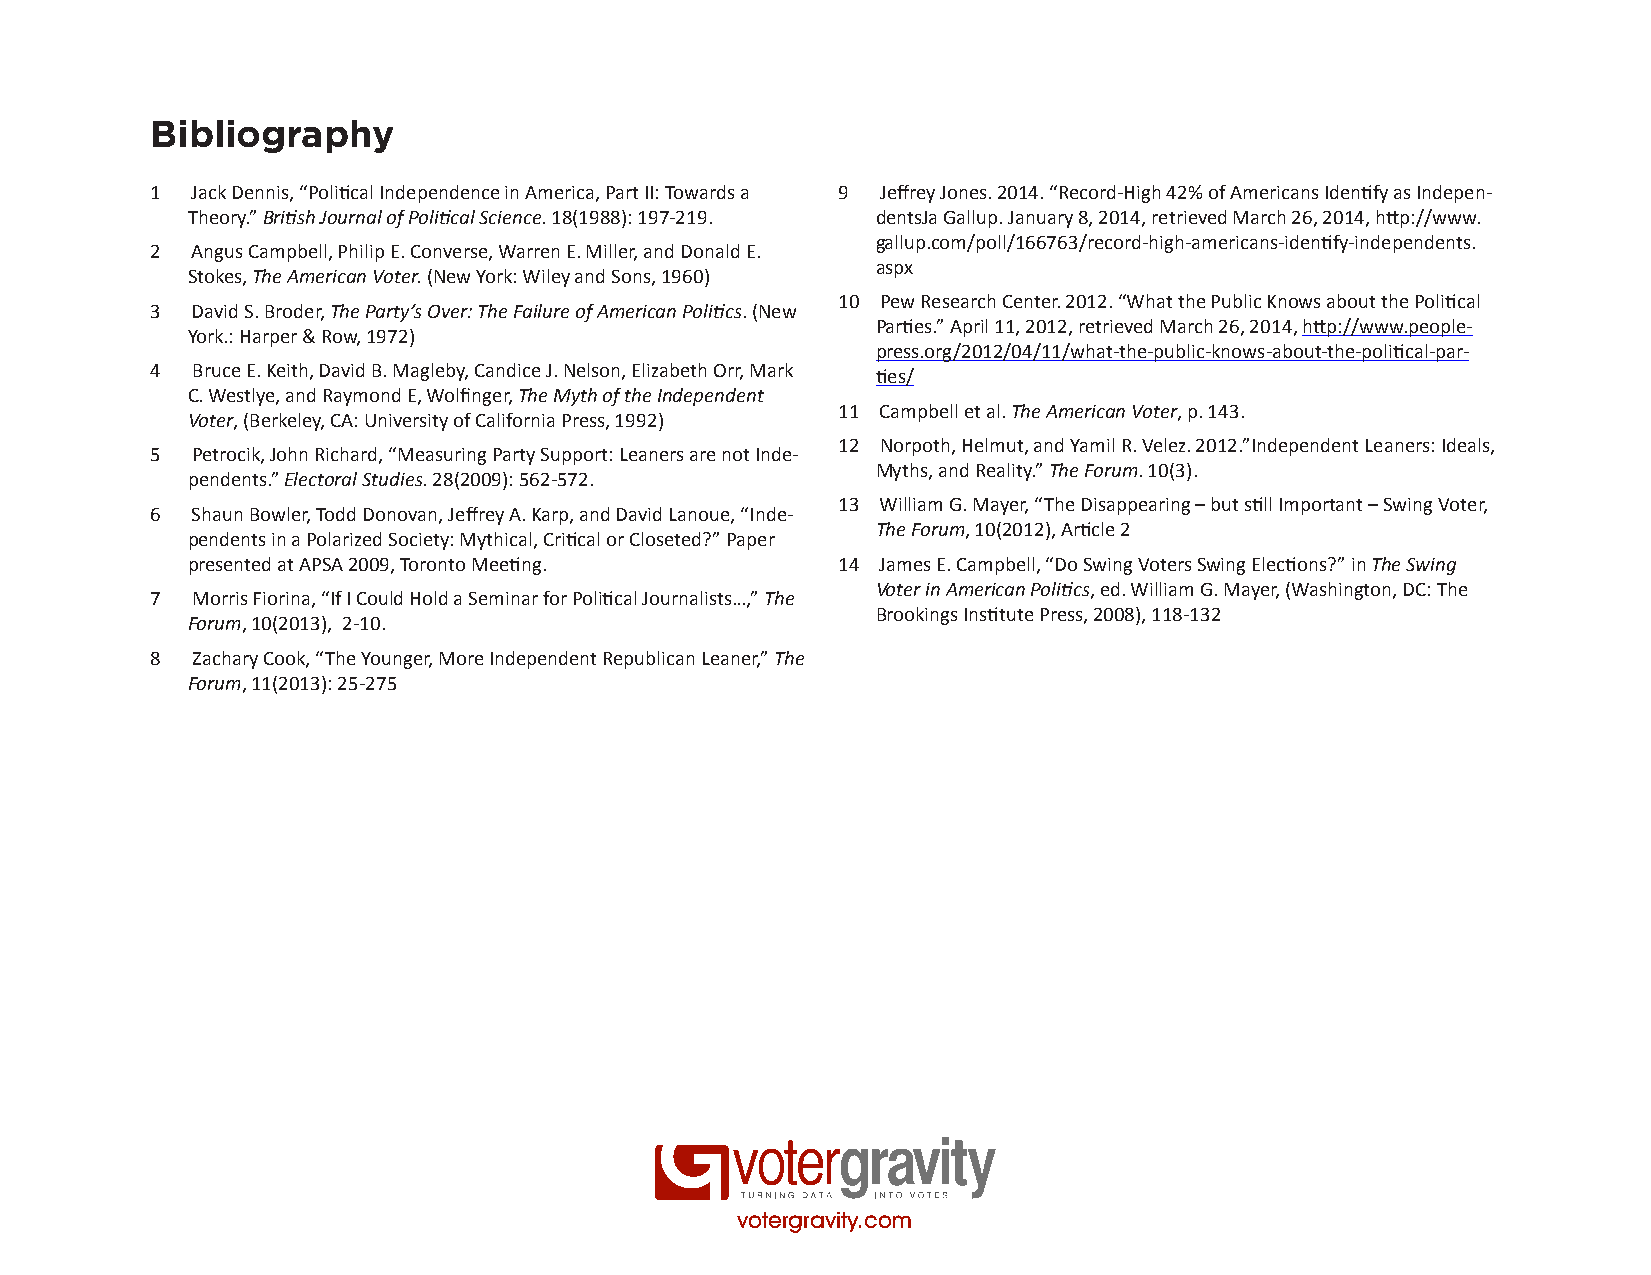
Bibliography
 1  Jack Dennis, “Political Independence in America, Part II: Towards a 9 Jeffrey Jones. 2014. “Record-High 42% of Americans Identify as Indepen-
 Theory.” British Journal of Political Science. 18(1988): 197-219. dentsJa Gallup. January 8, 2014, retrieved March 26, 2014, http://www.
 gallup.com/poll/166763/record-high-americans-identify-independents.
 2  Angus Campbell, Philip E. Converse, Warren E. Miller, and Donald E.
 aspx
 Stokes, The American Voter. (New York: Wiley and Sons, 1960)
 10 Pew Research Center. 2012. “What the Public Knows about the Political
 3  David S. Broder, The Party’s Over: The Failure of American Politics. (New
 Parties.” April 11, 2012, retrieved March 26, 2014, http://www.people-
 York.: Harper & Row, 1972)
 press.org/2012/04/11/what-the-public-knows-about-the-political-par-
 4  Bruce E. Keith, David B. Magleby, Candice J. Nelson, Elizabeth Orr, Mark ties/
 C. Westlye, and Raymond E, Wolfinger, The Myth of the Independent
 11 Campbell et al. The American Voter, p. 143.
 Voter, (Berkeley, CA: University of California Press, 1992)
 12 Norpoth, Helmut, and Yamil R. Velez. 2012.”Independent Leaners: Ideals,
 5  Petrocik, John Richard, “Measuring Party Support: Leaners are not Inde-
 Myths, and Reality.” The Forum. 10(3).
 pendents.” Electoral Studies. 28(2009): 562-572.
 13 William G. Mayer, “The Disappearing – but still Important – Swing Voter,
 6  Shaun Bowler, Todd Donovan, Jeffrey A. Karp, and David Lanoue, “Inde-
 The Forum, 10(2012), Article 2
 pendents in a Polarized Society: Mythical, Critical or Closeted?” Paper
 presented at APSA 2009, Toronto Meeting.   14 James E. Campbell, “Do Swing Voters Swing Elections?” in The Swing
 Voter in American Politics, ed. William G. Mayer, (Washington, DC: The
 7  Morris Fiorina, “If I Could Hold a Seminar for Political Journalists…,” The
 Brookings Institute Press, 2008), 118-132
 Forum, 10(2013), 2-10.
 8  Zachary Cook, “The Younger, More Independent Republican Leaner,” The
 Forum, 11(2013): 25-275
 votergravity.com